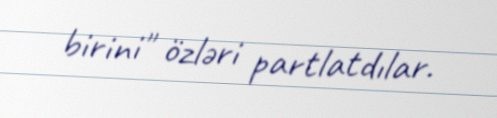
birini" özləri partlatdılar.